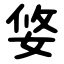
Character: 㛜